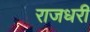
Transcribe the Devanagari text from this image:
राजधरी